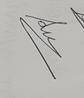
Signature authenticity: genuine